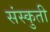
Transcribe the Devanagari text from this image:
संस्कुती